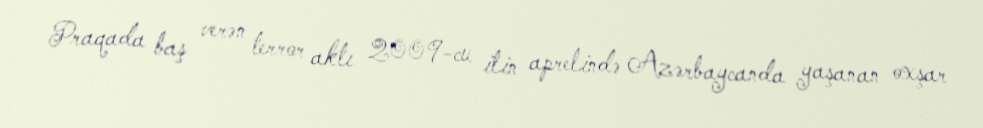
Praqada baş verən terror aktı 2009-cu ilin aprelində Azərbaycanda yaşanan oxşar